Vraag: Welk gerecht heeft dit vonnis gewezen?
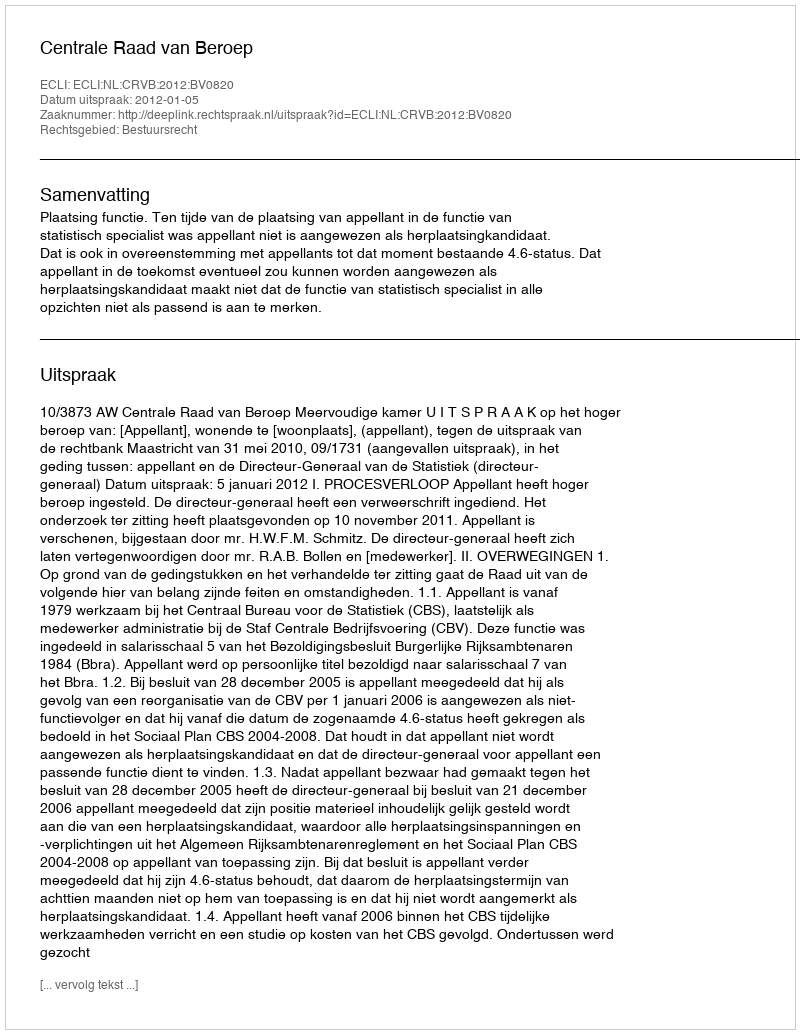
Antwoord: Centrale Raad van Beroep